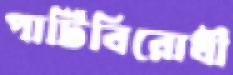
পার্টিবিরোধী